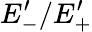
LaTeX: E_{-}^{\prime}/E_{+}^{\prime}